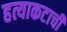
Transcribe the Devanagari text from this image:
हत्याकटाची